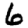
Digit: 6